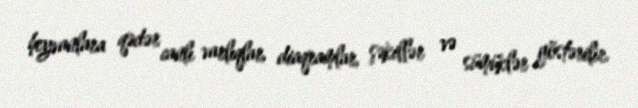
heyvanlara qədər canlı varlıqlar, diaqramlar, şəkillər və sümüklər göstərilir.